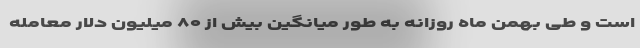
است و طی بهمن ماه روزانه به طور میانگین بیش از ۸۰ میلیون دلار معامله